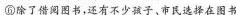
⑥除了借阅图书，还有不少孩子、市民选择在图书